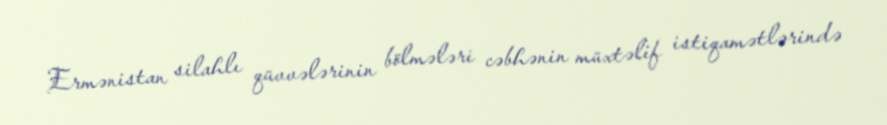
Ermənistan silahlı qüvvələrinin bölmələri cəbhənin müxtəlif istiqamətlərində